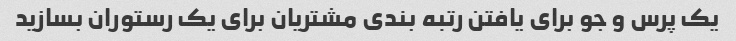
یک پرس و جو برای یافتن رتبه بندی مشتریان برای یک رستوران بسازید